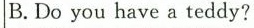
B.Do you have a teddy?